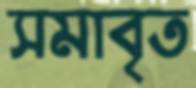
সমাবৃত